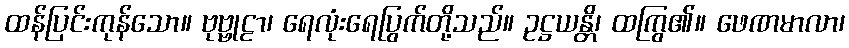
ထန်ပြင်းကုန်သော။ ဗုဗ္ဗုဠာ၊ ရေလုံးရေပြွက်တို့သည်။ ဥဋ္ဌယန္တိ၊ ထကြွ၏။ ဖေဏမာလာ၊